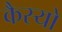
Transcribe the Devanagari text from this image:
कैस्‍यो